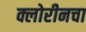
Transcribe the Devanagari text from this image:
क्लोरीनचा